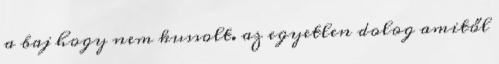
a baj hogy nem kussolt. az egyetlen dolog amitől